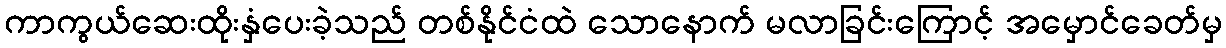
ကာကွယ်ဆေးထိုးနှံပေးခဲ့သည် တစ်နိုင်ငံထဲ သောနောက် မလာခြင်းကြောင့် အမှောင်ခေတ်မှ